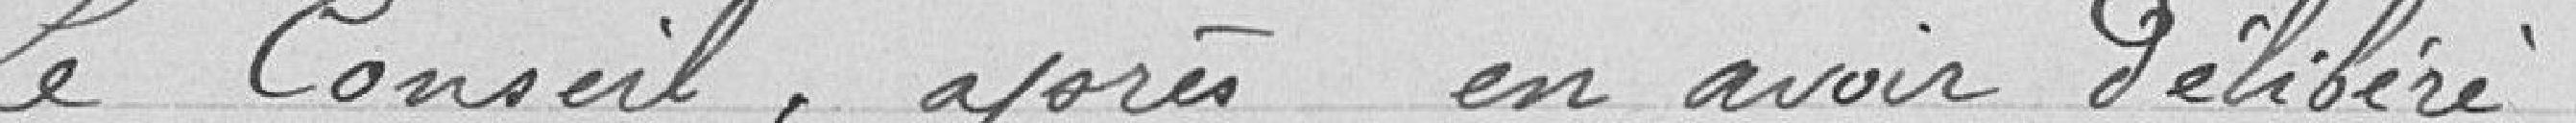
Le conseil, après en avoir délibéré,